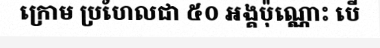
ក្រោម ប្រហែលជា ៥០ អង្គប៉ុណ្ណោះ បើ